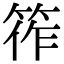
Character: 筰